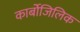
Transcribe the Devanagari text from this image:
कार्बोजिलिक